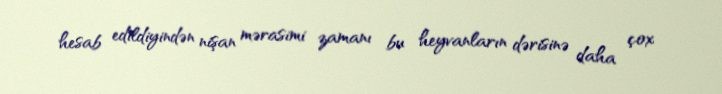
hesab edildiyindən nişan mərasimi zamanı bu heyvanların dərisinə daha çox